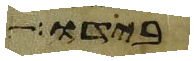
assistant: בידו